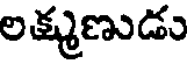
లక్ష్మణుడు